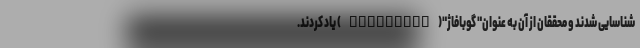
شناسایی شدند و محققان از آن به عنوان" گوبافاژ"(Gubaphage) یاد کردند.